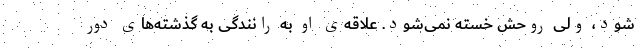
شود، ولی روحش خسته نمی‌شود. علاقه‌ی او به رانندگی به گذشته‌های دور